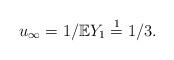
LaTeX: \begin{align*}u_{\infty} = 1 / \mathbb{E}Y_1 \stackrel{1}{=} 1/3. \end{align*}